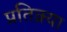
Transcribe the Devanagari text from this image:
प्रतिक्र्या